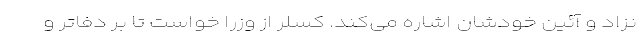
نزاد و آئین خودشان اشاره می‌کند. کسلر از وزرا خواست تا بر دفاتر و